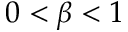
0 < \beta < 1